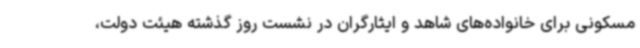
مسکونی برای خانواده‌های شاهد و ایثارگران در نشست روز گذشته هیئت دولت،